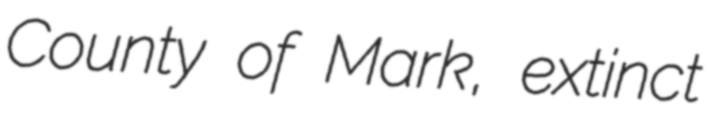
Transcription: County of Mark, extinct